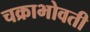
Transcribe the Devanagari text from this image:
चक्राभोवती